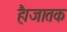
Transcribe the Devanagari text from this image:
है।जातक